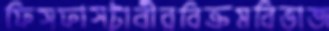
ফিসফাসটাবীরবিক্রমবিভাজ